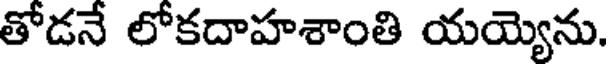
తోడనే లోకదాహశాంతి యయ్యెను.